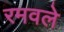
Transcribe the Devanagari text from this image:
रमवले